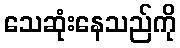
သေဆုံးနေသည်ကို